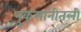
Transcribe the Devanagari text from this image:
नुकसानीतली